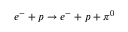
e ^ { - } + p \rightarrow e ^ { - } + p + \pi ^ { 0 }